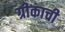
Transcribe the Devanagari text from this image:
ग्रीकाची